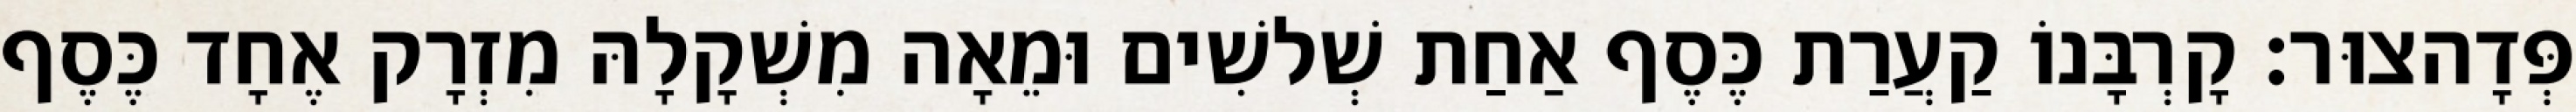
פְּדָהצוּר׃ קָרְבָּנוֹ קַעֲרַת כֶּסֶף אַחַת שְׁלשִׁים וּמֵאָה מִשְׁקָלָהּ מִזְרָק אֶחָד כֶּסֶף